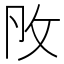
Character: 𢻮